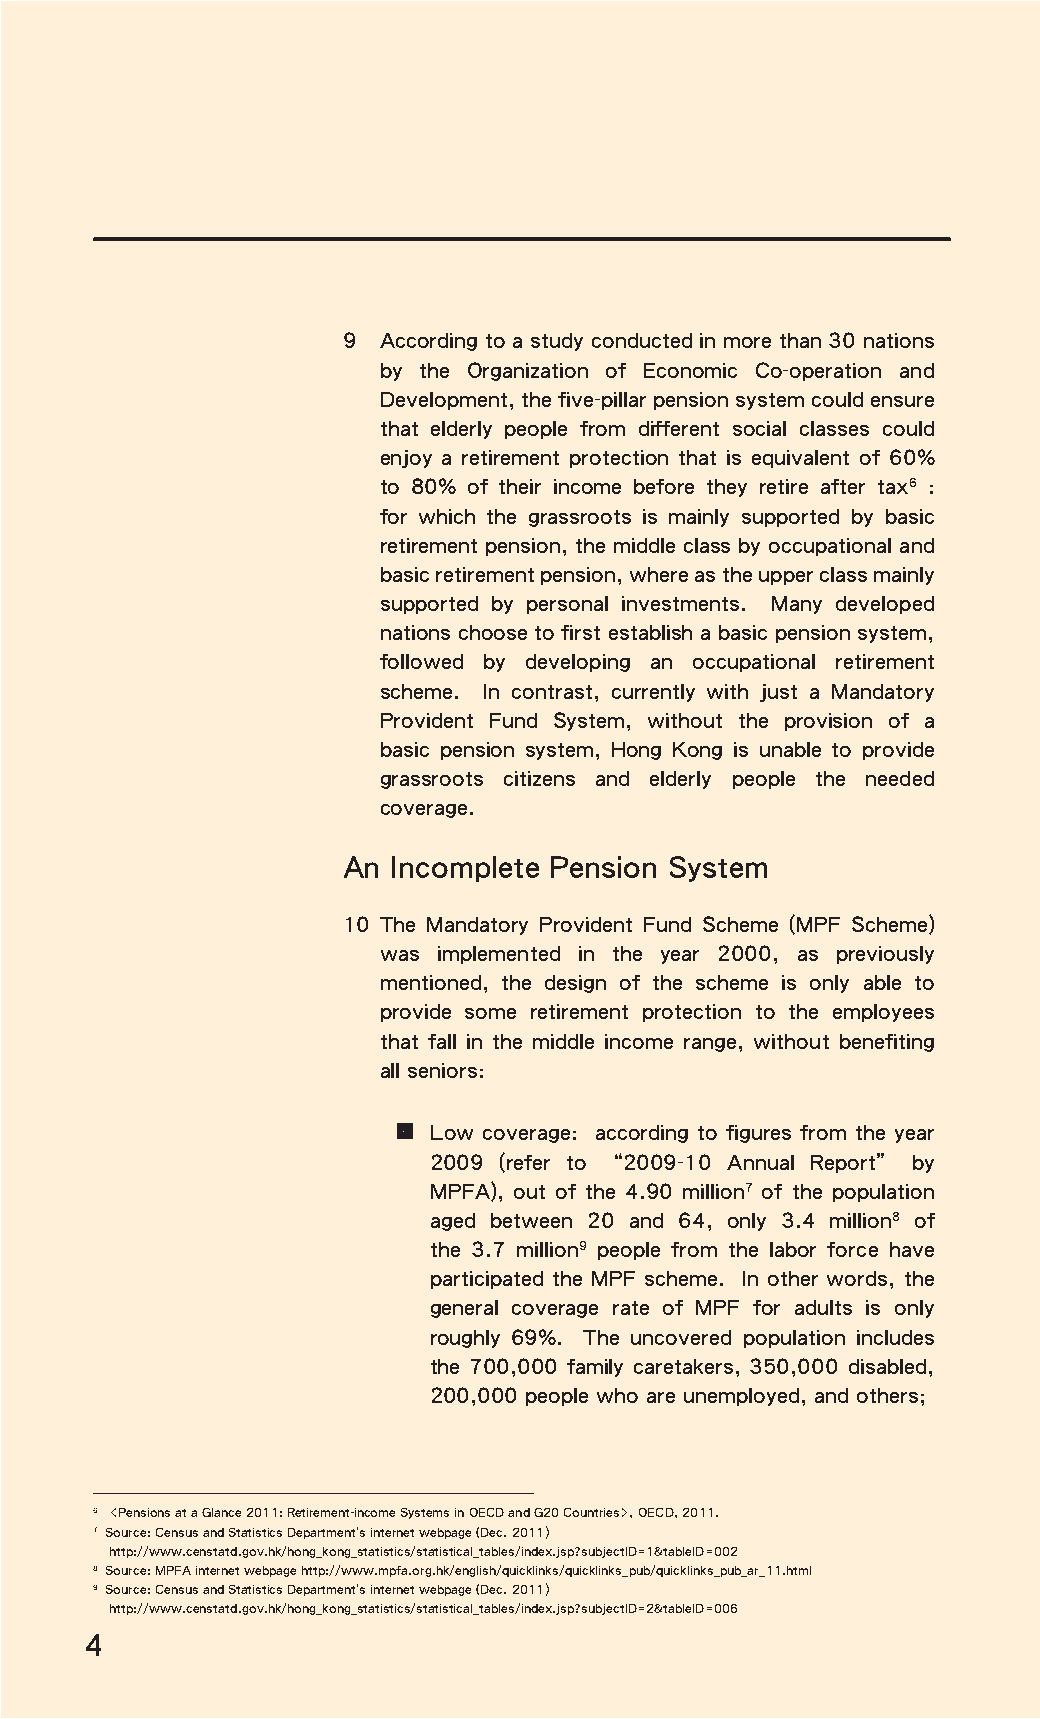
9 According to a study conducted in more than 30 nations
 by the Organization of Economic Co-operation and
 Development, the five-pillar pension system could ensure
 that elderly people from different social classes could
 enjoy a retirement protection that is equivalent of 60%
 to 80% of their income before they retire after tax6 :
 for which the grassroots is mainly supported by basic
 retirement pension, the middle class by occupational and
 basic retirement pension, where as the upper class mainly
 supported by personal investments. Many developed
 nations choose to first establish a basic pension system,
 followed by developing an occupational retirement
 scheme. In contrast, currently with just a Mandatory
 Provident Fund System, without the provision of a
 basic pension system, Hong Kong is unable to provide
 grassroots citizens and elderly people the needed
 coverage.
 An Incomplete Pension System
 10 The Mandatory Provident Fund Scheme (MPF Scheme)
 was implemented in the year 2000, as previously
 mentioned, the design of the scheme is only able to
 provide some retirement protection to the employees
 that fall in the middle income range, without benefiting
 all seniors:
 • Low coverage: according to figures from the year
 2009 (refer to “2009-10 Annual Report” by
 MPFA), out of the 4.90 million7 of the population
 aged between 20 and 64, only 3.4 million8 of
 the 3.7 million9 people from the labor force have
 participated the MPF scheme. In other words, the
 general coverage rate of MPF for adults is only
 roughly 69%. The uncovered population includes
 the 700,000 family caretakers, 350,000 disabled,
 200,000 people who are unemployed, and others;
 6 <Pensions at a Glance 2011: Retirement-income Systems in OECD and G20 Countries>, OECD, 2011.
 7 Source: Census and Statistics Department’s internet webpage (Dec. 2011)
 http://www.censtatd.gov.hk/hong_kong_statistics/statistical_tables/index.jsp?subjectID=1&tableID=002
 8 Source: MPFA internet webpage http://www.mpfa.org.hk/english/quicklinks/quicklinks_pub/quicklinks_pub_ar_11.html
 9 Source: Census and Statistics Department’s internet webpage (Dec. 2011)
 http://www.censtatd.gov.hk/hong_kong_statistics/statistical_tables/index.jsp?subjectID=2&tableID=006
 4